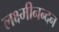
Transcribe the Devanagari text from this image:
लक्ष्मीनन्दन